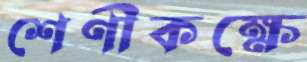
শেণীকক্ষে